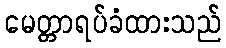
မေတ္တာရပ်ခံထားသည်